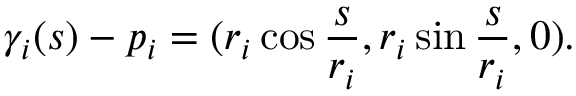
\gamma _ { i } ( s ) - p _ { i } = ( r _ { i } \cos { \frac { s } { r _ { i } } } , r _ { i } \sin { \frac { s } { r _ { i } } } , 0 ) .